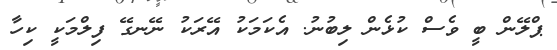
ޕްލޭން ބީ ވެސް ކުޅެން ލިބުނު. އެކަމަކު އޭރަކު ނޭނގޭ ފިލްމަކީ ކިހާ